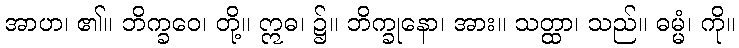
အာဟ၊ ၏။ ဘိက္ခဝေ၊ တို့။ ဣဓ၊ ၌။ ဘိက္ခုနော၊ အား။ သတ္ထာ၊ သည်။ ဓမ္မံ၊ ကို။